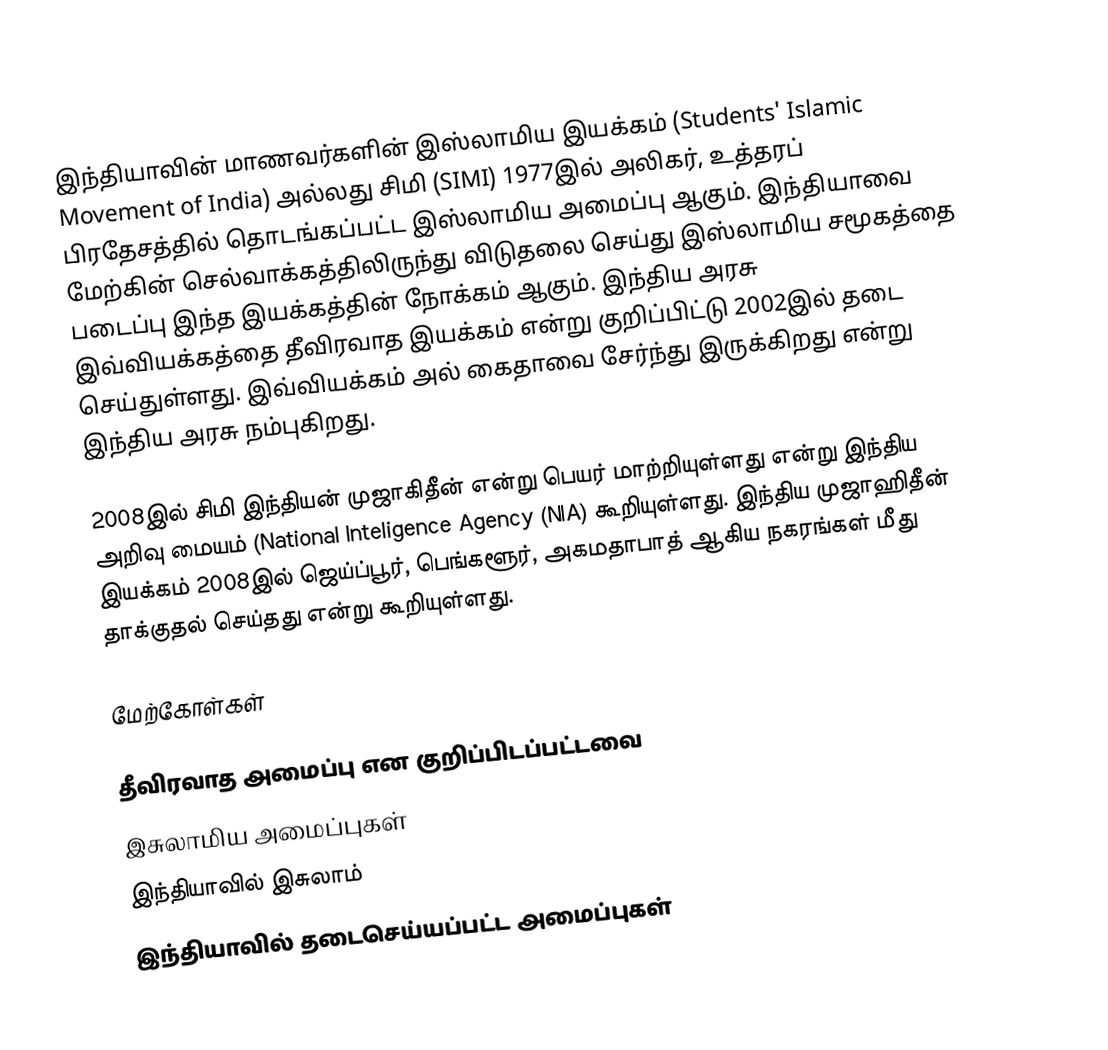
இந்தியாவின் மாணவர்களின் இஸ்லாமிய இயக்கம் (Students' Islamic Movement of India) அல்லது சிமி (SIMI) 1977இல் அலிகர், உத்தரப் பிரதேசத்தில் தொடங்கப்பட்ட இஸ்லாமிய அமைப்பு ஆகும். இந்தியாவை மேற்கின் செல்வாக்கத்திலிருந்து விடுதலை செய்து இஸ்லாமிய சமூகத்தை படைப்பு இந்த இயக்கத்தின் நோக்கம் ஆகும். இந்திய அரசு இவ்வியக்கத்தை தீவிரவாத இயக்கம் என்று குறிப்பிட்டு 2002இல் தடை செய்துள்ளது. இவ்வியக்கம் அல் கைதாவை சேர்ந்து இருக்கிறது என்று இந்திய அரசு நம்புகிறது.

2008இல் சிமி இந்தியன் முஜாகிதீன் என்று பெயர் மாற்றியுள்ளது என்று இந்திய அறிவு மையம் (National Inteligence Agency (NIA) கூறியுள்ளது. இந்திய முஜாஹிதீன் இயக்கம் 2008இல் ஜெய்ப்பூர், பெங்களூர், அகமதாபாத் ஆகிய நகரங்கள் மீது தாக்குதல் செய்தது என்று கூறியுள்ளது.

மேற்கோள்கள்

தீவிரவாத அமைப்பு என குறிப்பிடப்பட்டவை
இசுலாமிய அமைப்புகள்
இந்தியாவில் இசுலாம்
இந்தியாவில் தடைசெய்யப்பட்ட அமைப்புகள்